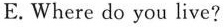
E.Where do you live?